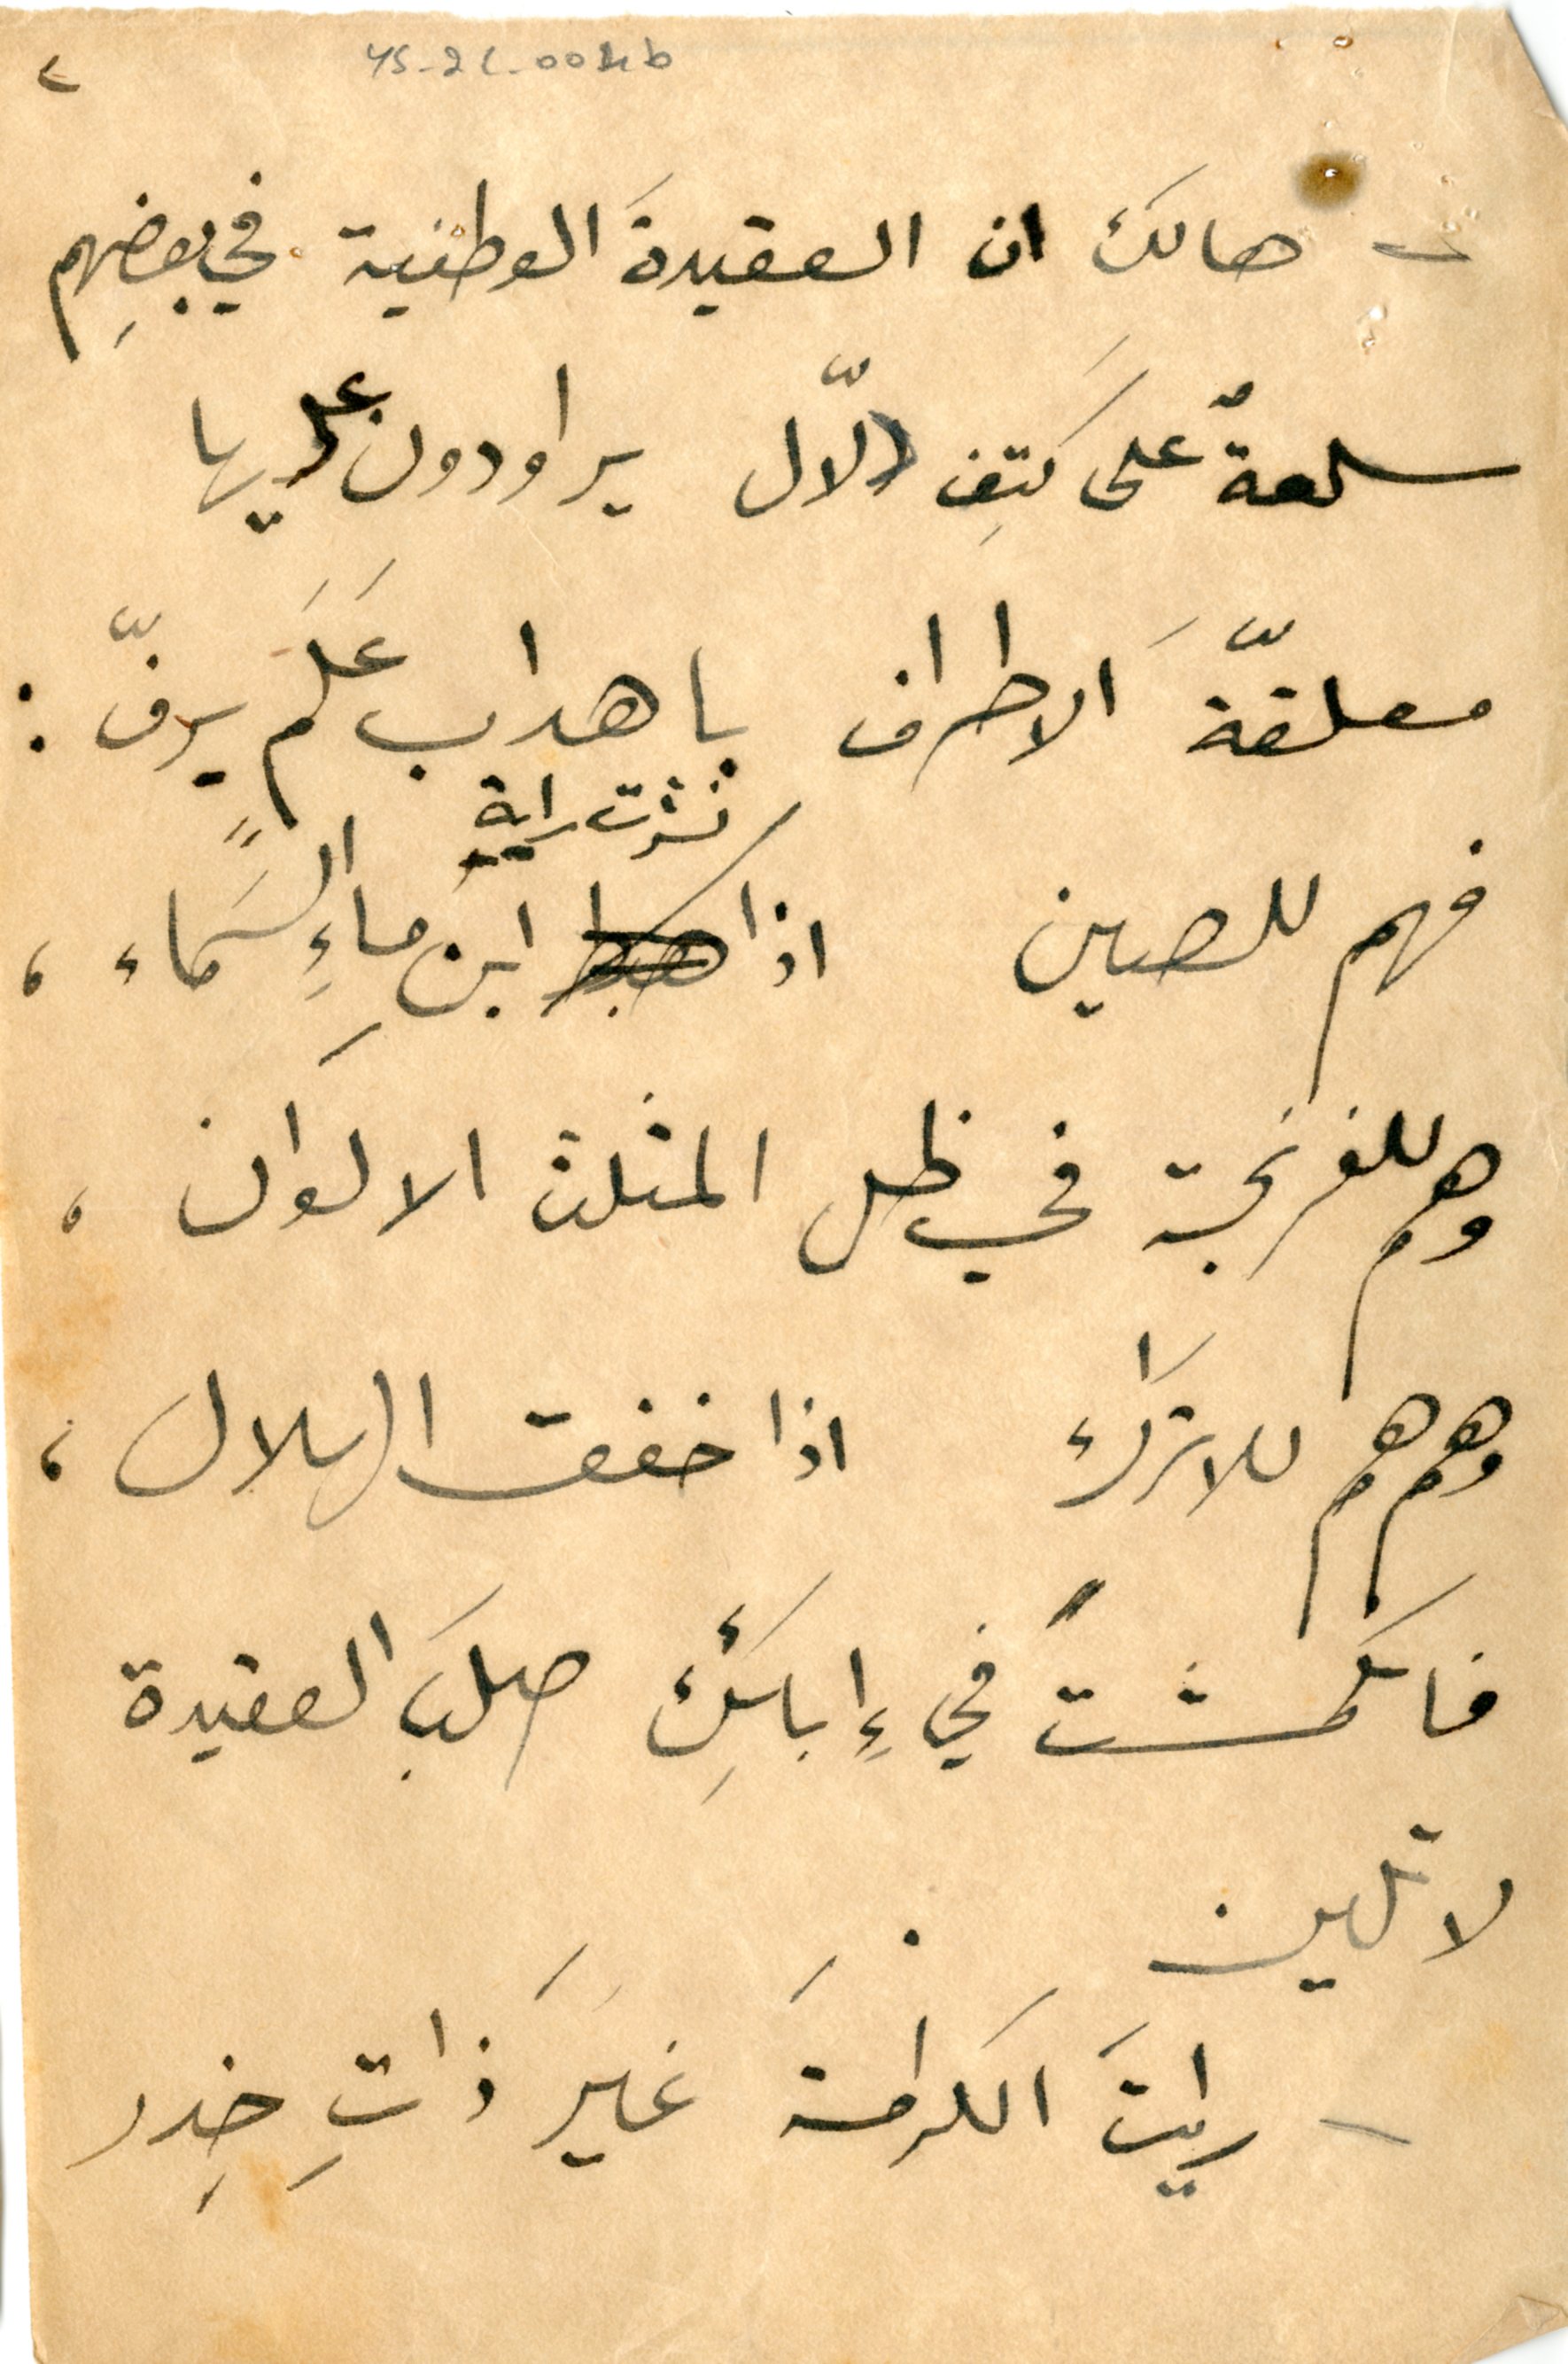
هالك ان العقيدَة الوطنية في بعضِهم
سلعةٌ على كَتِف دلّال يراودون عليها
معلّقةَ الاطراف باهداب عَلَمٍ يرفّ:
فهم للصين اذا نشرت راية ابنِ ماءِ السَماء،
وهم للفرنجة في ظل المثلث الالوان،
وهم هم للاتَراك اذا خفق الهلال،
فانكمشتَ في إِبائِك صلبَ العقيدة
لا تلين.
رايتَ الكرامةَ غيرَ ذاتِ خِدر
٢	YS_2C_004b